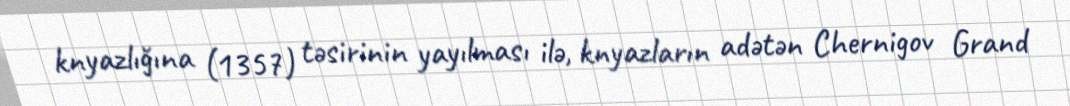
knyazlığına (1357) təsirinin yayılması ilə, knyazların adətən Chernigov Grand